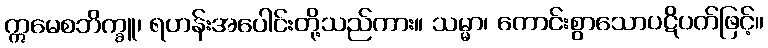
ဣမေစဘိက္ခူ၊ ရဟန်းအပေါင်းတို့သည်ကား။ သမ္မာ၊ ကောင်းစွာသောပဋိပတ်ဖြင့်။